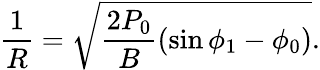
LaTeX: \frac{1}{R}=\sqrt{\frac{2P_{0}}{B}(\sin\phi_{1}-\phi_{0})}.